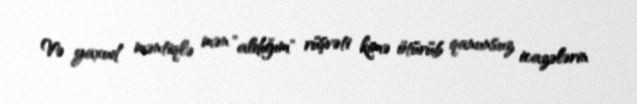
Və yaxud məntiqlə mən ”aldığım" rüşvəti kimə ötürüb qanunsuz icazələrin